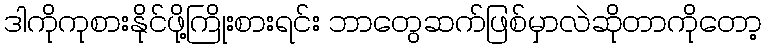
ဒါကိုကုစားနိုင်ဖို့ကြိုးစားရင်း ဘာတွေဆက်ဖြစ်မှာလဲဆိုတာကိုတော့